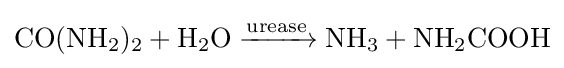
{\mathrm {CO} (\mathrm {NH} {\vphantom {A}}_{\smash[{t}]{2}}){\vphantom {A}}_{\smash[{t}]{2}}{}+{}\mathrm {H} {\vphantom {A}}_{\smash[{t}]{2}}\mathrm {O} {}\mathrel {\xrightarrow {\mathrm {urease} } } {}\mathrm {NH} {\vphantom {A}}_{\smash[{t}]{3}}{}+{}\mathrm {NH} {\vphantom {A}}_{\smash[{t}]{2}}\mathrm {COOH} }